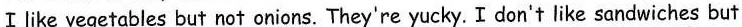
Ⅰlike vegetables but not onions. They're yucky. I don't like sandwiches but